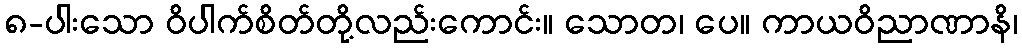
၈-ပါးသော ဝိပါက်စိတ်တို့လည်းကောင်း။ သောတ၊ ပေ။ ကာယဝိညာဏာနိ၊